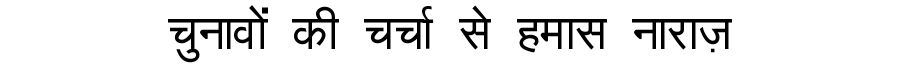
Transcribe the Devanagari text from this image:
चुनावों की चर्चा से हमास नाराज़